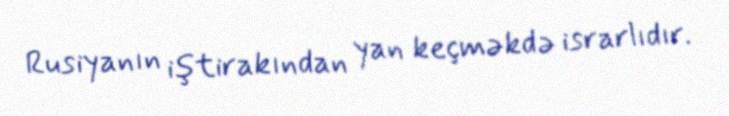
Rusiyanın iştirakından yan keçməkdə israrlıdır.